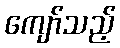
ကျော်သည့်